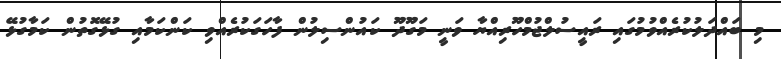
މި ބައްދަލުކުރެއްވުމުގައި ރައީސުލްޖުމްހޫރިއްޔާ ވަނީ މަގޫދޫ ކައުންސިލުން ފާހަގަކުރެއްވި ކަންކަމާއި ގުޅޭގޮތުން ކަމާގުޅޭ